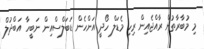
މި މުބާރާތުން ރާއްޖެއިން ރިހި މެޑަލް ހޯދީ އަންހެން ޑަބަލްސްއިން ނަބީހާ އަބްދުލް